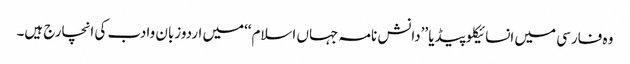
وہ فارسی میں انسائیکلوپیڈیا ’’دانش نامہ جہاں اسلام‘‘میں اردوزبان وادب کی انچارج ہیں۔